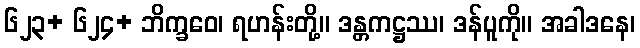
၆၂၃+ ၆၂၄+ ဘိက္ခဝေ၊ ရဟန်းတို့။ ဒန္တကဋ္ဌဿ၊ ဒန်ပူကို။ အခါဒနေ၊